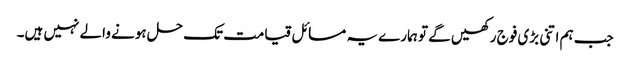
جب ہم اتنی بڑی فوج رکھیں گے تو ہمارے یہ مسائل قیامت تک حل ہونے والے نہیں ہیں۔